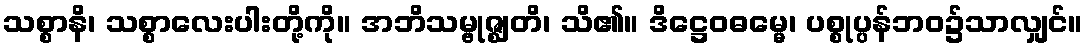
သစ္စာနိ၊ သစ္စာလေးပါးတို့ကို။ အဘိသမ္ဗုဇ္ဈတိ၊ သိ၏။ ဒိဋ္ဌေဝဓမ္မေ၊ ပစ္စုပ္ပန်ဘဝ၌သာလျှင်။